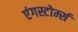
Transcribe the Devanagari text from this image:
एंगस्टोर्म्स